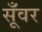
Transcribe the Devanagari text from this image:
सूँवर